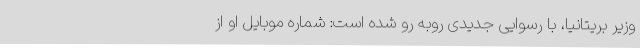
وزیر بریتانیا، با رسوایی جدیدی روبه رو شده است: شماره موبایل او از